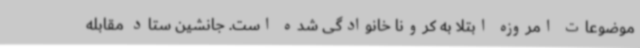
موضوعات امروزه ابتلا به کرونا خانوادگی شده است. جانشین ستاد مقابله